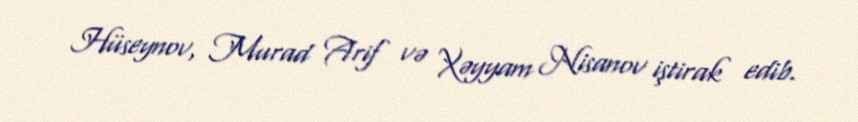
Hüseynov, Murad Arif və Xəyyam Nisanov iştirak edib.